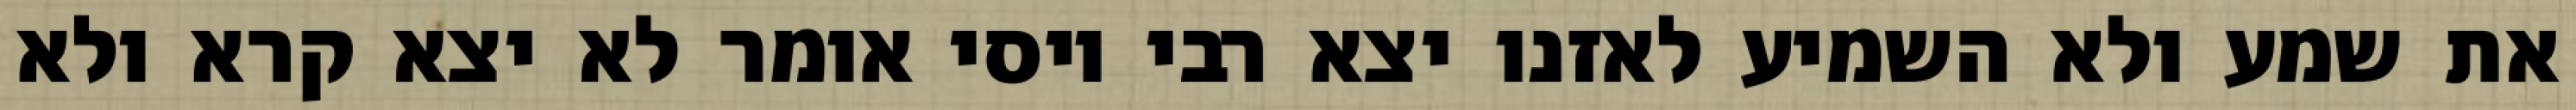
את שמע ולא השמיע לאזנו יצא רבי יוסי אומר לא יצא קרא ולא